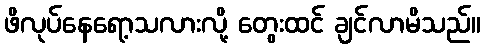
ဖိလုပ်နေရော့သလားလို့ တွေးထင် ချင်လာမိသည်။